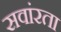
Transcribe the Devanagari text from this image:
सवांरता